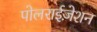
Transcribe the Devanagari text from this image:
पोलराईज़ेशन